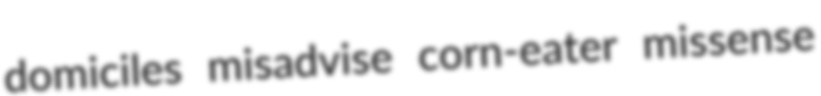
domiciles misadvise corn-eater missense